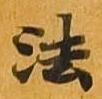
法